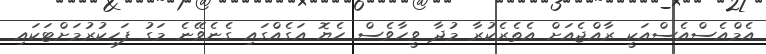
އެމްއެސްއެސްއަކީ ރާއްޖެއަށް އެތެރެކުރާ މުދާ ވީހާވެސް ހެޔޮ އަގެއްގައި ގެނެވޭނެ މަގު ފަހިކުރުމަށްޓަކައި